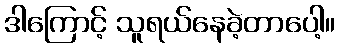
ဒါကြောင့် သူရယ်နေခဲ့တာပေါ့။